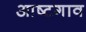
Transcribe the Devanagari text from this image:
आष्टगाव